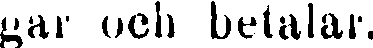
gar och betalar.